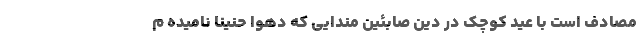
مصادف است با عید کوچک در دین صابئین مندایی که دهوا حنینا نامیده م